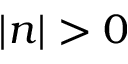
| n | > 0